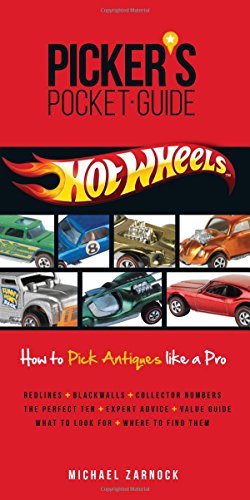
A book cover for Picker's Pocket Guide - Hot Wheels (Picker's Pocket Guides); Michael Zarnock; Crafts, Hobbies & Home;